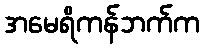
အမေရိကန်ဘက်က